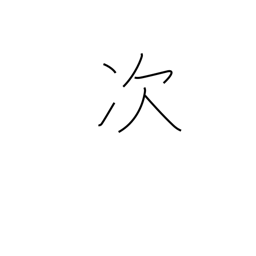
Meaning: next